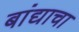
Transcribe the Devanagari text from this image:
बांद्याचा